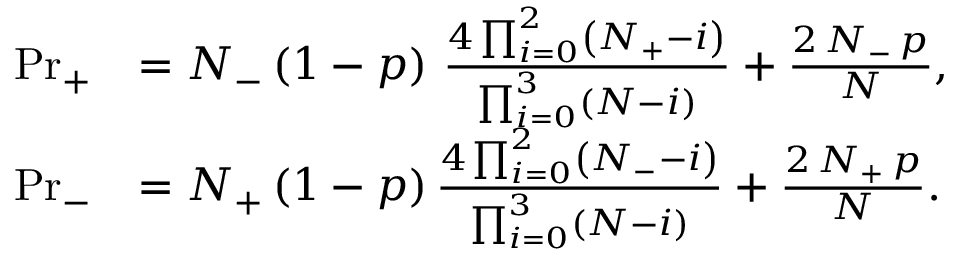
\begin{array} { r l } { \mathrm { P r } _ { + } } & { = N _ { - } \left( 1 - p \right) \, \frac { 4 \prod _ { i = 0 } ^ { 2 } \left( N _ { + } - i \right) } { \prod _ { i = 0 } ^ { 3 } \left( N - i \right) } + \frac { 2 \, N _ { - } \, p } { N } , } \\ { \mathrm { P r } _ { - } } & { = N _ { + } \left( 1 - p \right) \frac { 4 \prod _ { i = 0 } ^ { 2 } \left( N _ { - } - i \right) } { \prod _ { i = 0 } ^ { 3 } \left( N - i \right) } + \frac { 2 \, N _ { + } \, p } { N } . } \end{array}